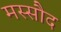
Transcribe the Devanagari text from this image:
मस्सौद